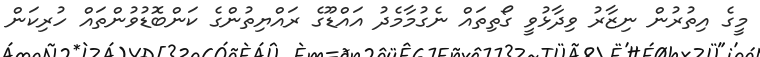
މީގެ އިތުރުން ނިޒާރު ވިދާޅުވީ ގޯތިތައް ނެގުމާމެދު އައްޑޫގެ ރައްޔިތުންގެ ކަންބޮޑުވުންތައް ހުރިކަން